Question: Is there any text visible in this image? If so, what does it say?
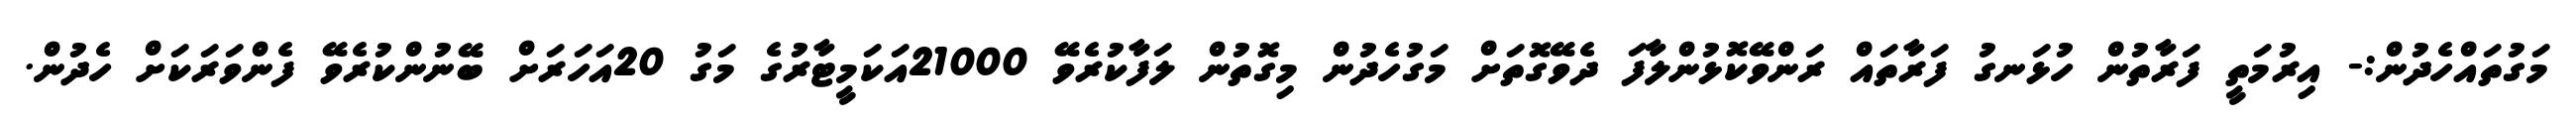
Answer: މަގުތައްހެދުން:- އިރުމަތީ ފަރާތުން ހުޅަނގު ފަރާތައް ރަންވޭކޮޅުންލާފަ ދެވޭގޮތަށް މަގުހެދުން މިގޮތުން ލަފާކުރެވޭ 21000އަކަމީޓާރުގެ މަގު 20އަހަރަށް ބޭނުންކުރެވޭ ފެންވަރަކަށް ހެދުން.